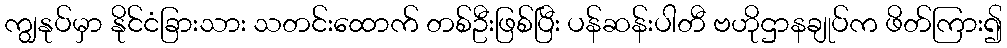
ကျွနုပ်မှာ နိုင်ငံခြားသား သတင်းထောက် တစ်ဦးဖြစ်ပြီး ပန်ဆန်းပါတီ ဗဟိုဌာနချုပ်က ဖိတ်ကြား၍